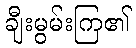
ချီးမွမ်းကြ၏